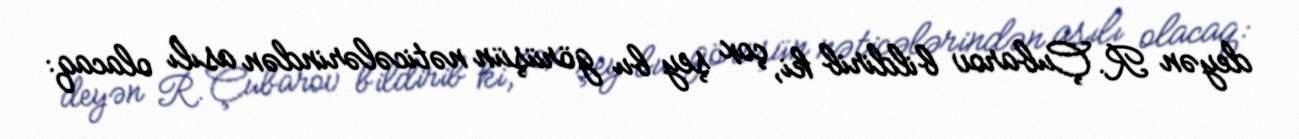
deyən R. Çubarov bildirib ki, çox şey bu görüşün nəticələrindən asılı olacaq: